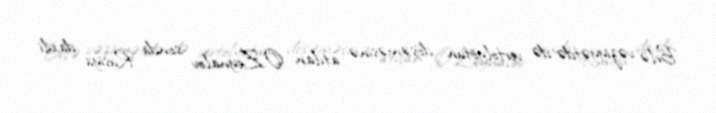
Belə vəziyyətdə də vertolyotun döşəməsinə atılan O.Zeynalov sonda Rusiya daxili